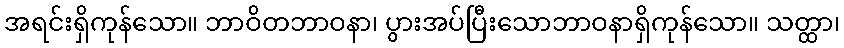
အရင်းရှိကုန်သော။ ဘာဝိတဘာဝနာ၊ ပွားအပ်ပြီးသောဘာဝနာရှိကုန်သော။ သတ္ထာ၊